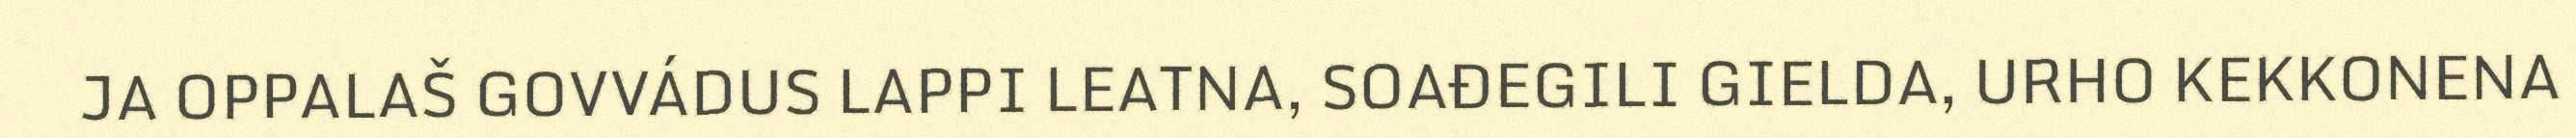
JA OPPALAŠ GOVVÁDUS LAPPI LEATNA, SOAĐEGILI GIELDA, URHO KEKKONENA